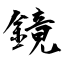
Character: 鏡